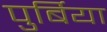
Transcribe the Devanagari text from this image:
पुर्बिया